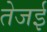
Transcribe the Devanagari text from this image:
तेजई